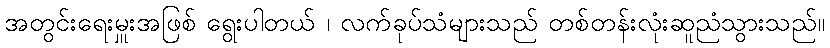
အတွင်းရေးမှူးအဖြစ် ရွေးပါတယ် ၊ လက်ခုပ်သံများသည် တစ်တန်းလုံးဆူညံသွားသည်။